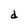
Character: d